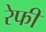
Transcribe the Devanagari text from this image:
रेफी